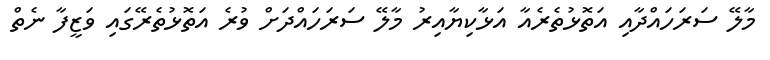
މާލޭ ސަރަހައްދާއި އަތޮޅުތެރެއާ އަޅާކިޔާއިރު މާލޭ ސަރަހައްދަށް ވުރެ އަތޮޅުތެރޭގައި ވަޒީފާ ނެތް